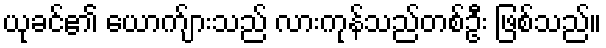
ယုခင်၏ ယောက်ျားသည် လားကုန်သည်တစ်ဦး ဖြစ်သည်။